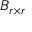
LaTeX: B _ { r \times r }